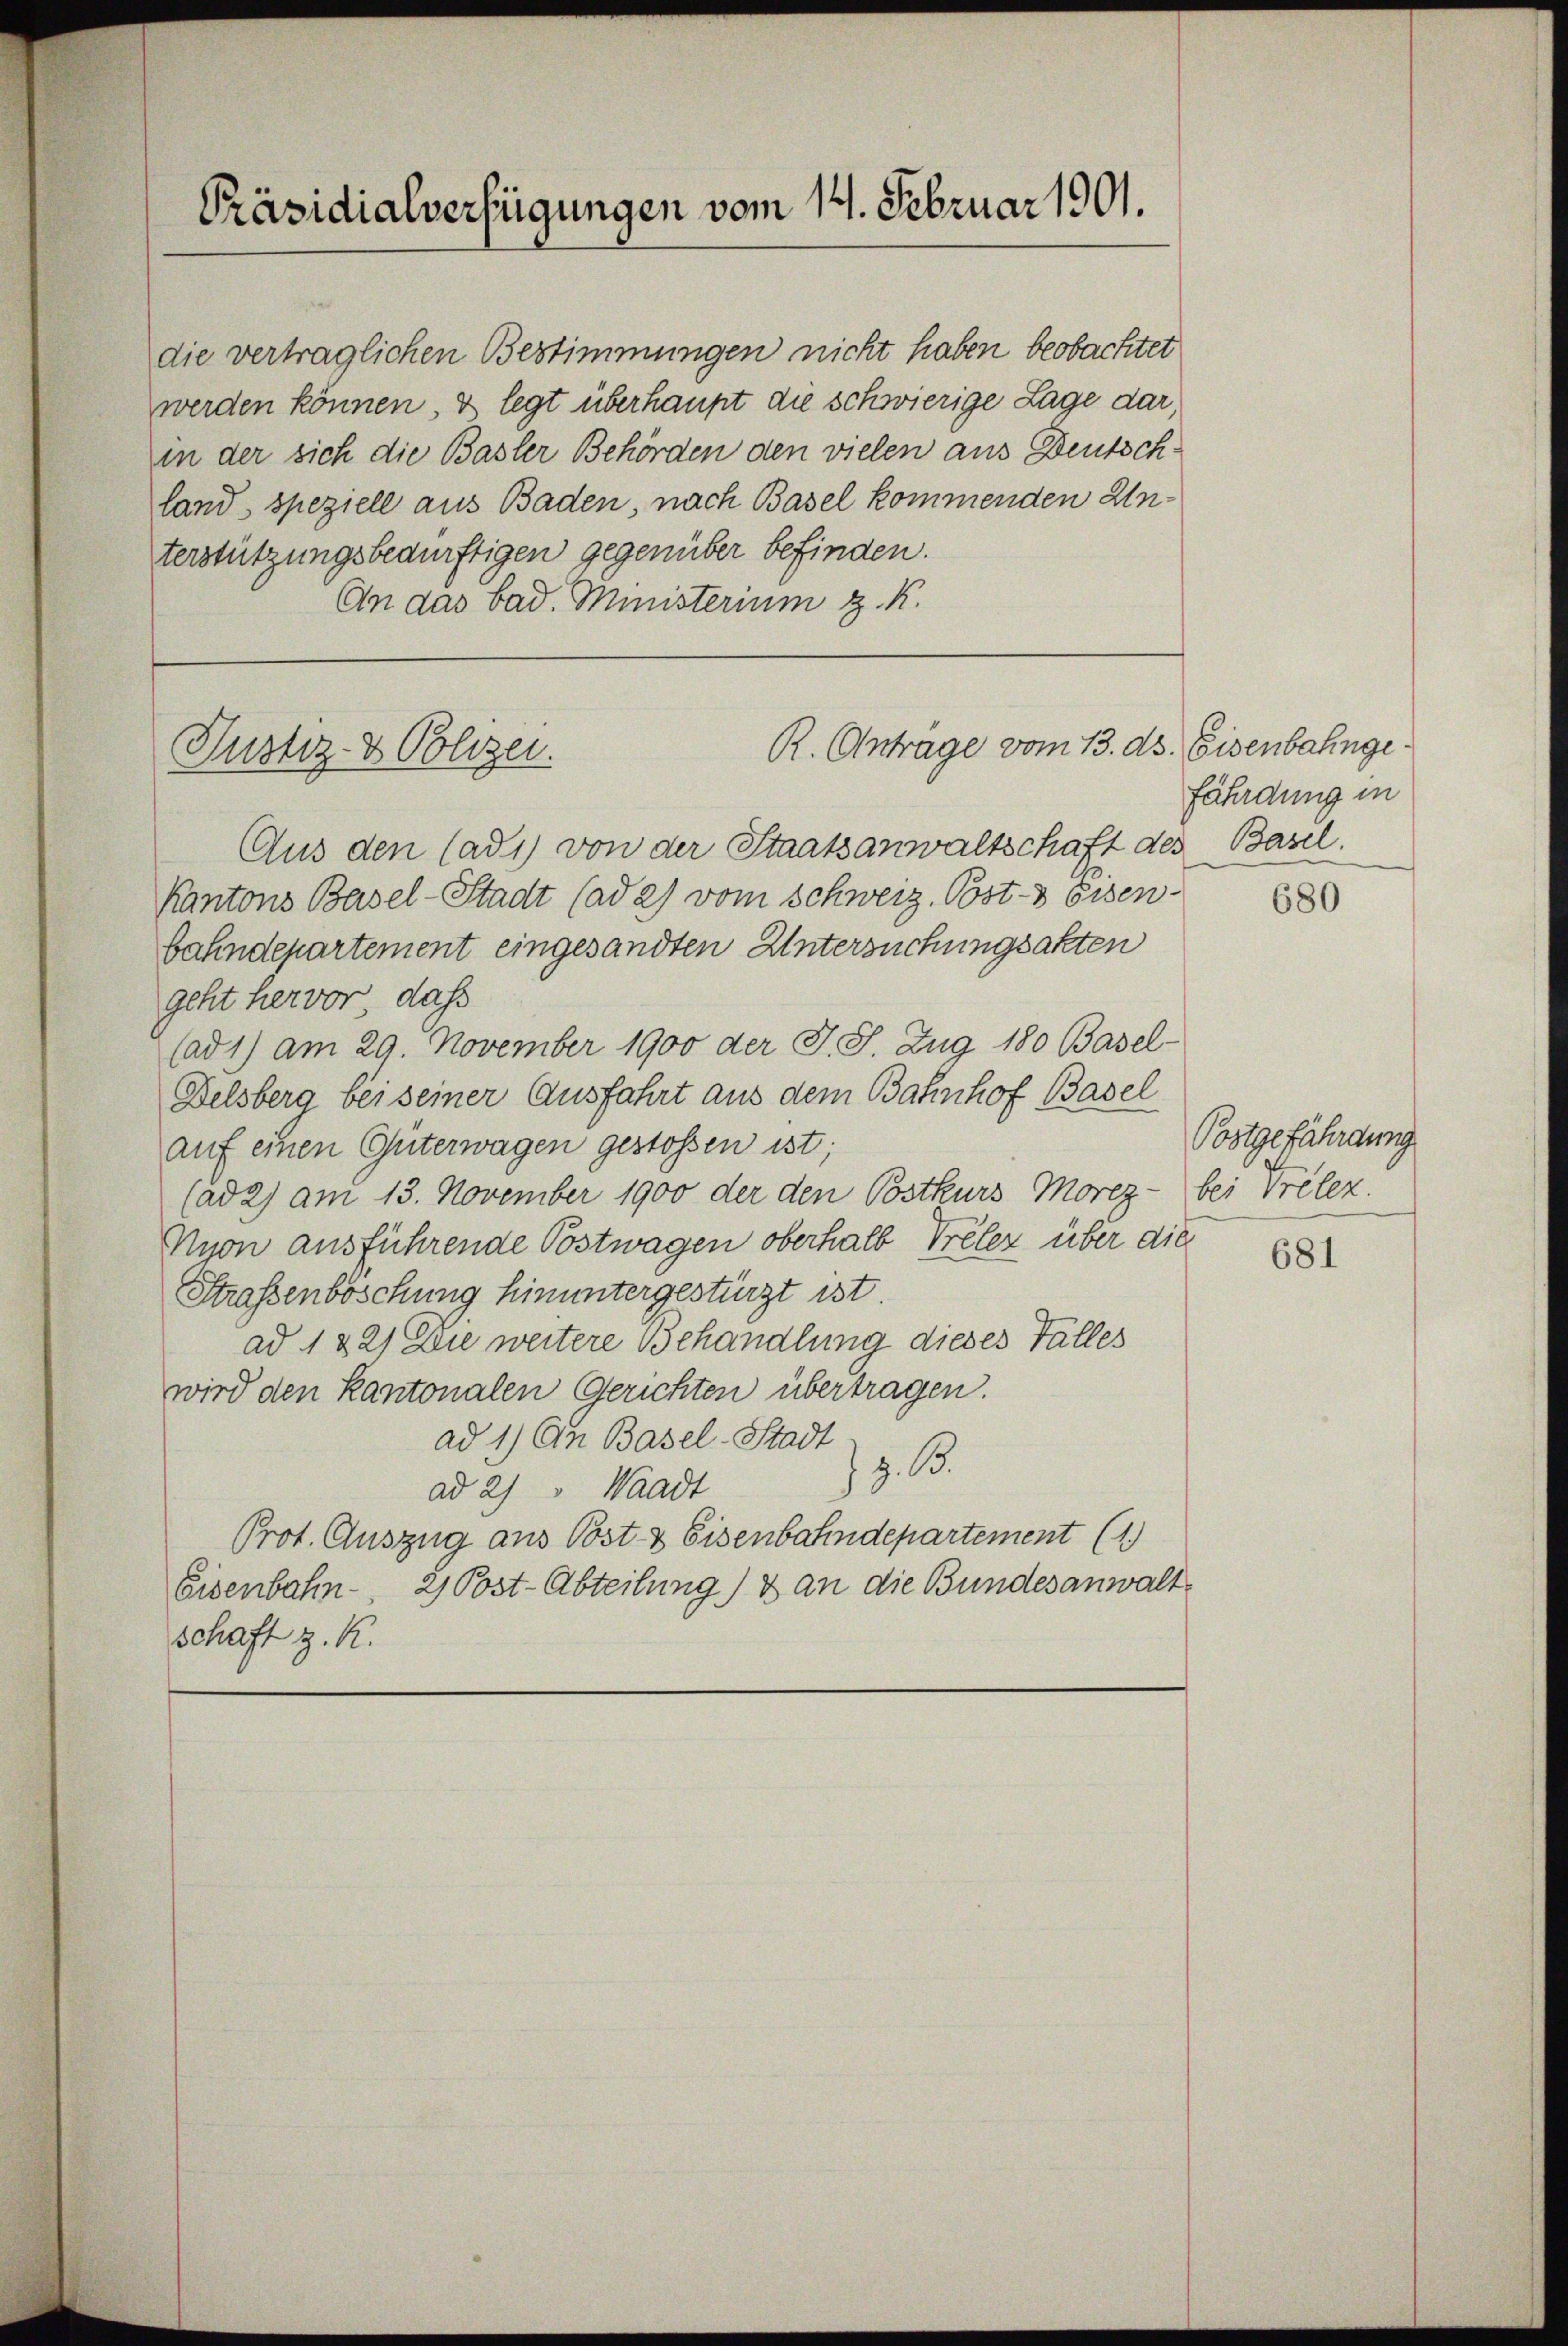
Präsidialverfügungen vom 14. Februar 1901.

An das bad. Ministerium z. K.

die vertraglichen Bestimmungen nicht haben beobachtet
werden können, & legt überhaupt die schwierige Lage dar,
in der sich die Basler Behörden den vielen aus Deutschland, speziell aus Baden, nach Basel kommenden Unterstützungsbedürftigen gegenüber befinden.

R. Antrage vom 13. ds. Eisenbahnge¬
Justiz- & Polizei.

Aus den Cadi) von der Staatsanwaltschaft des Basel.
Kantons Basel-Stadt (ad 2) vom Schweiz. Post- & Eisen-
bahndepartement eingesandten Untersuchungsakten
geht hervor, dass
(ad 1) am 29. November 1900 der J. J. Zug 180 Basel-
Delsberg bei seiner Ausfahrt aus dem Bahnhof Basel
auf einen Güterwagen gestossen ist;
(ad 2) am 13. November 1900 der den Postkurs Morez - bei Trèlez.
Nyon ausführende Postwagen oberhalb Prélez über die
Straßenböschung hinuntergestürzt ist.
ad 1 221 Die weitere Behandlung dieses Falles
wird den Kantonalen Gerichten übertragen.
ad 1) Ein Basel-Stadt
z. B.
ad 2) " Waadt
Prot. Auszug aus Post- & Eisenbahndepartement (1
Eisenbahn- 2) Post-Abteilung) & an die Bundesanwaltschaft z. R.

fährdung in

680

Postgefährdung

681